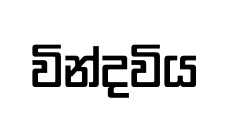
වින්දවිය